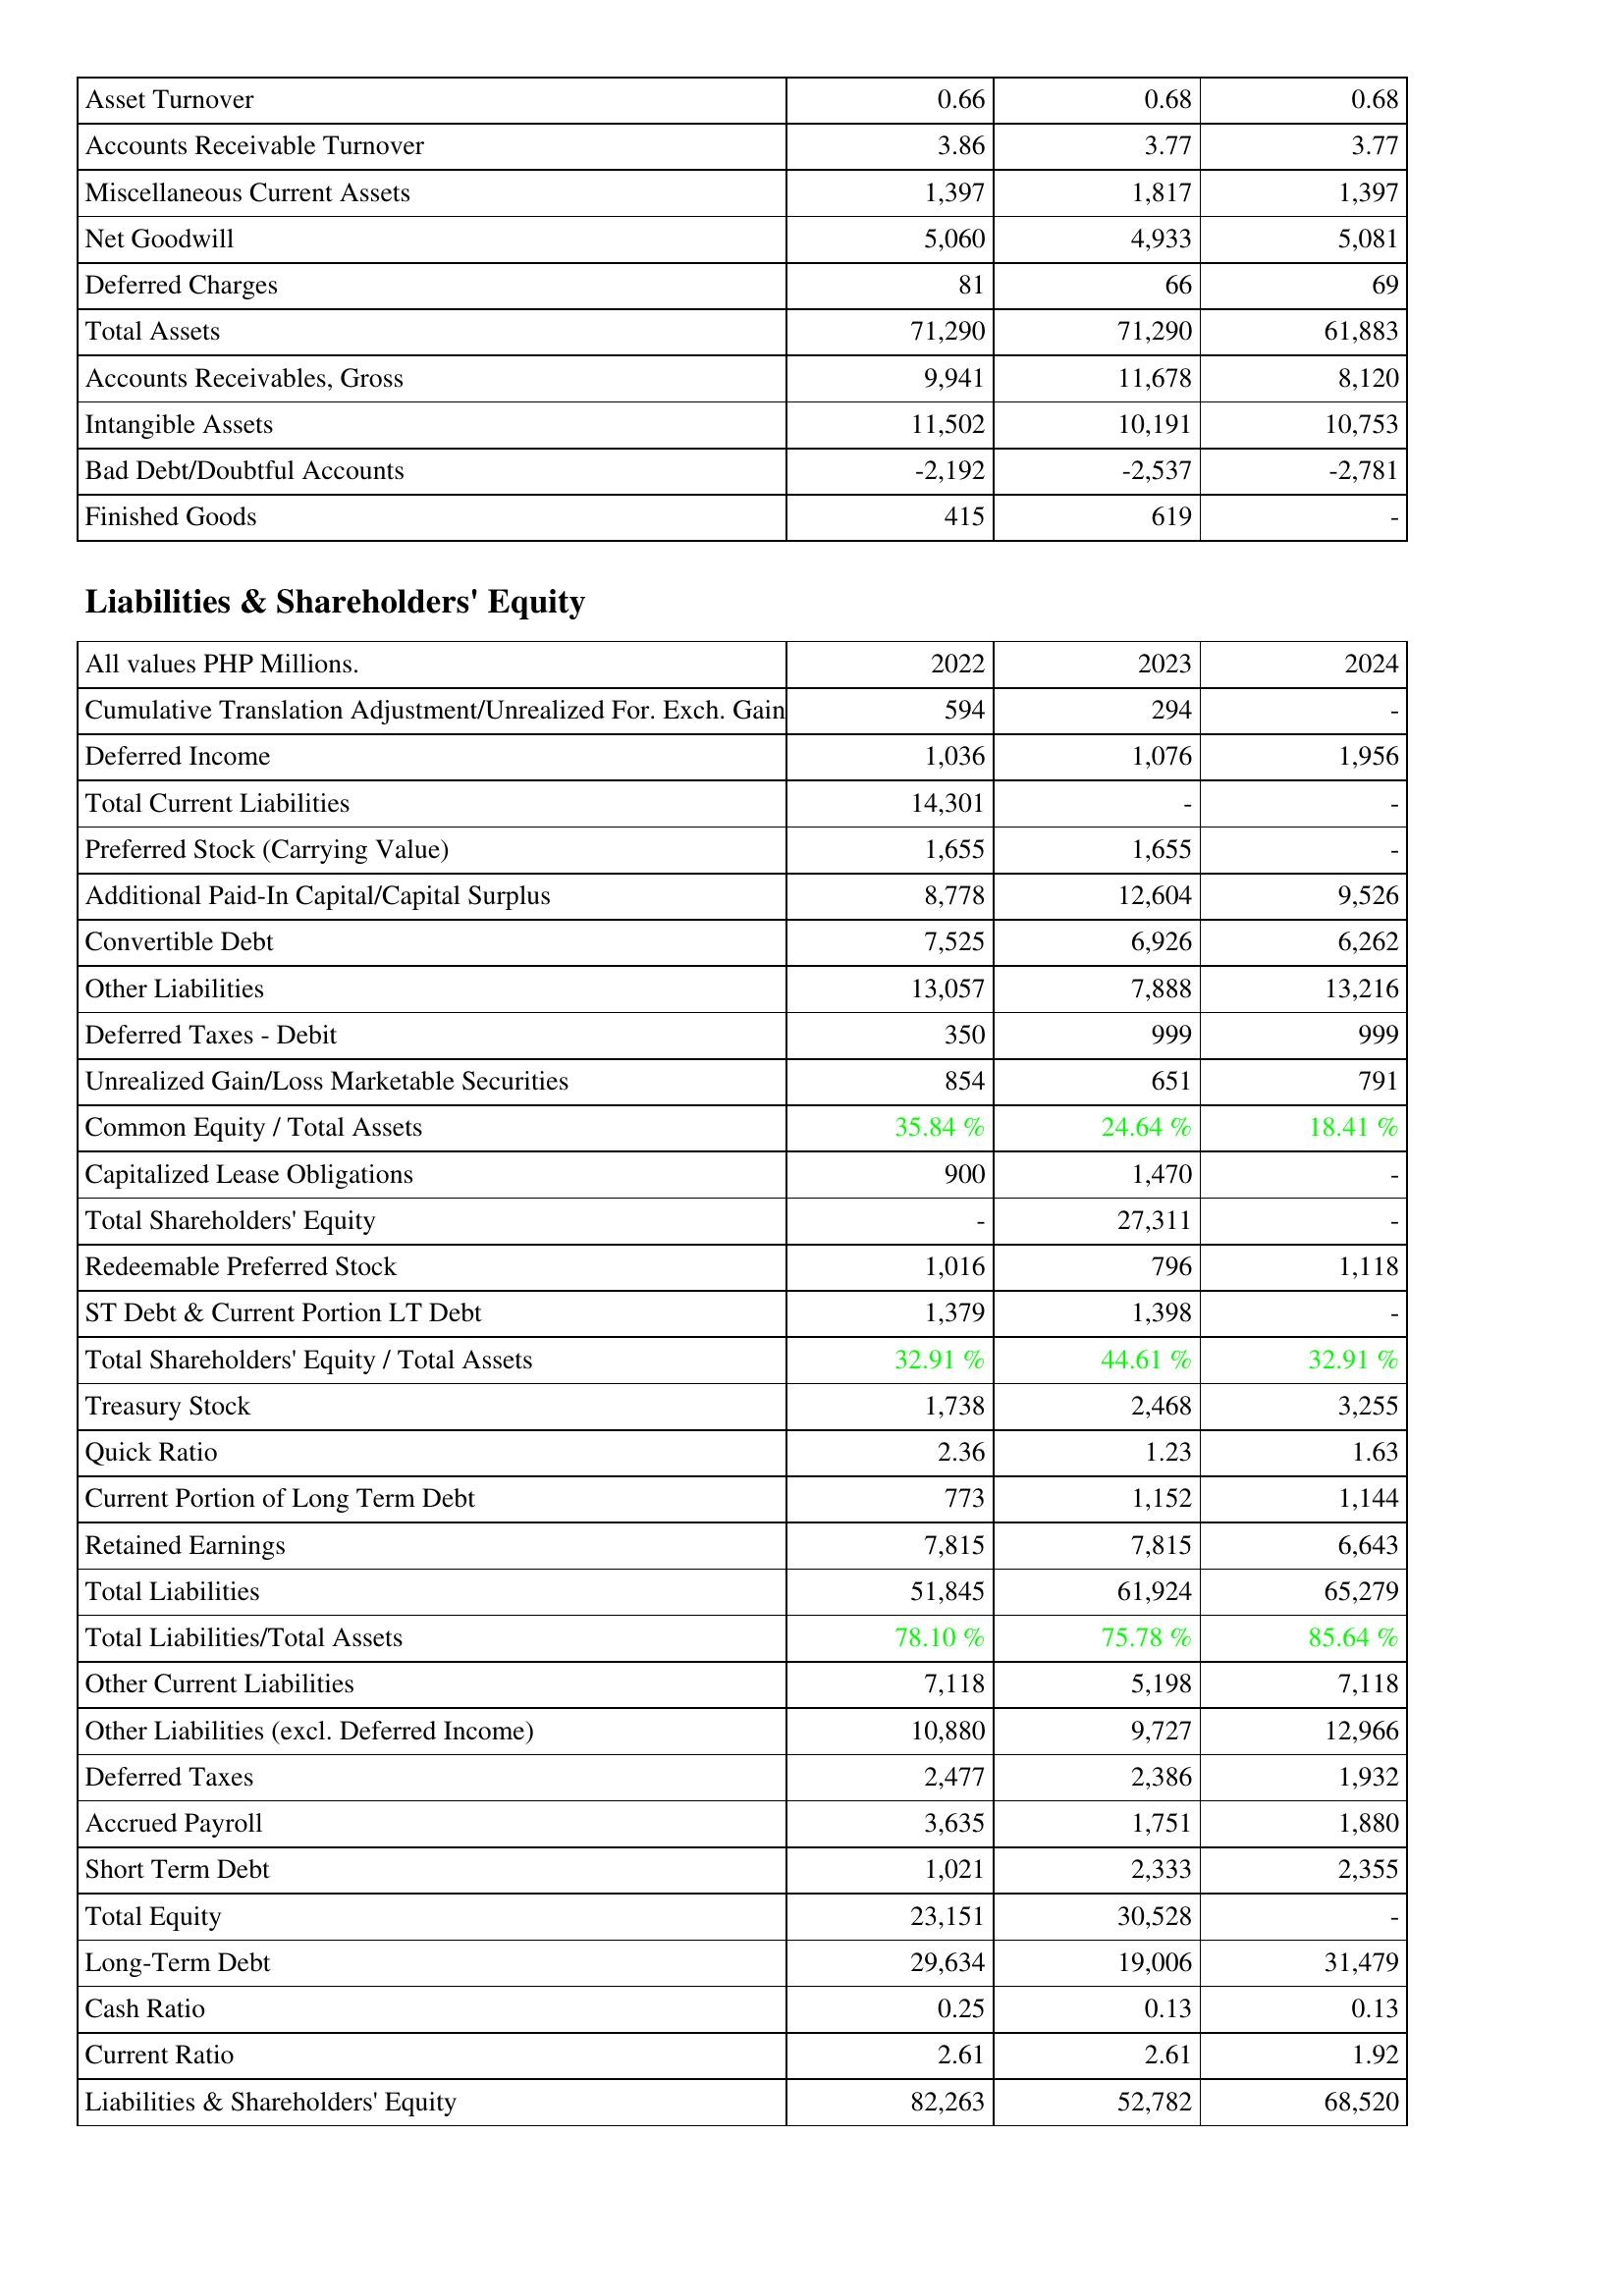
2022: Assets: Asset Turnover: 0.66
Accounts Receivable Turnover: 3.86
Miscellaneous Current Assets: 1,397
Net Goodwill: 5,060
Deferred Charges: 81
Total Assets: 71,290
Accounts Receivables, Gross: 9,941
Intangible Assets: 11,502
Bad Debt/Doubtful Accounts: -2,192
Finished Goods: 415
Liabilities & Shareholders' Equity: Cumulative Translation Adjustment/Unrealized For. Exch. Gain: 594
Deferred Income: 1,036
Total Current Liabilities: 14,301
Preferred Stock (Carrying Value): 1,655
Additional Paid-In Capital/Capital Surplus: 8,778
Convertible Debt: 7,525
Other Liabilities: 13,057
Deferred Taxes - Debit: 350
Unrealized Gain/Loss Marketable Securities: 854
Common Equity / Total Assets: 35.84 %
Capitalized Lease Obligations: 900
Total Shareholders' Equity: -
Redeemable Preferred Stock: 1,016
ST Debt & Current Portion LT Debt: 1,379
Total Shareholders' Equity / Total Assets: 32.91 %
Treasury Stock: 1,738
Quick Ratio: 2.36
Current Portion of Long Term Debt: 773
Retained Earnings: 7,815
Total Liabilities: 51,845
Total Liabilities/Total Assets: 78.10 %
Other Current Liabilities: 7,118
Other Liabilities (excl. Deferred Income): 10,880
Deferred Taxes: 2,477
Accrued Payroll: 3,635
Short Term Debt: 1,021
Total Equity: 23,151
Long-Term Debt: 29,634
Cash Ratio: 0.25
Current Ratio: 2.61
Liabilities & Shareholders' Equity: 82,263
2023: Assets: Asset Turnover: 0.68
Accounts Receivable Turnover: 3.77
Miscellaneous Current Assets: 1,817
Net Goodwill: 4,933
Deferred Charges: 66
Total Assets: 71,290
Accounts Receivables, Gross: 11,678
Intangible Assets: 10,191
Bad Debt/Doubtful Accounts: -2,537
Finished Goods: 619
Liabilities & Shareholders' Equity: Cumulative Translation Adjustment/Unrealized For. Exch. Gain: 294
Deferred Income: 1,076
Total Current Liabilities: -
Preferred Stock (Carrying Value): 1,655
Additional Paid-In Capital/Capital Surplus: 12,604
Convertible Debt: 6,926
Other Liabilities: 7,888
Deferred Taxes - Debit: 999
Unrealized Gain/Loss Marketable Securities: 651
Common Equity / Total Assets: 24.64 %
Capitalized Lease Obligations: 1,470
Total Shareholders' Equity: 27,311
Redeemable Preferred Stock: 796
ST Debt & Current Portion LT Debt: 1,398
Total Shareholders' Equity / Total Assets: 44.61 %
Treasury Stock: 2,468
Quick Ratio: 1.23
Current Portion of Long Term Debt: 1,152
Retained Earnings: 7,815
Total Liabilities: 61,924
Total Liabilities/Total Assets: 75.78 %
Other Current Liabilities: 5,198
Other Liabilities (excl. Deferred Income): 9,727
Deferred Taxes: 2,386
Accrued Payroll: 1,751
Short Term Debt: 2,333
Total Equity: 30,528
Long-Term Debt: 19,006
Cash Ratio: 0.13
Current Ratio: 2.61
Liabilities & Shareholders' Equity: 52,782
2024: Assets: Asset Turnover: 0.68
Accounts Receivable Turnover: 3.77
Miscellaneous Current Assets: 1,397
Net Goodwill: 5,081
Deferred Charges: 69
Total Assets: 61,883
Accounts Receivables, Gross: 8,120
Intangible Assets: 10,753
Bad Debt/Doubtful Accounts: -2,781
Finished Goods: -
Liabilities & Shareholders' Equity: Cumulative Translation Adjustment/Unrealized For. Exch. Gain: -
Deferred Income: 1,956
Total Current Liabilities: -
Preferred Stock (Carrying Value): -
Additional Paid-In Capital/Capital Surplus: 9,526
Convertible Debt: 6,262
Other Liabilities: 13,216
Deferred Taxes - Debit: 999
Unrealized Gain/Loss Marketable Securities: 791
Common Equity / Total Assets: 18.41 %
Capitalized Lease Obligations: -
Total Shareholders' Equity: -
Redeemable Preferred Stock: 1,118
ST Debt & Current Portion LT Debt: -
Total Shareholders' Equity / Total Assets: 32.91 %
Treasury Stock: 3,255
Quick Ratio: 1.63
Current Portion of Long Term Debt: 1,144
Retained Earnings: 6,643
Total Liabilities: 65,279
Total Liabilities/Total Assets: 85.64 %
Other Current Liabilities: 7,118
Other Liabilities (excl. Deferred Income): 12,966
Deferred Taxes: 1,932
Accrued Payroll: 1,880
Short Term Debt: 2,355
Total Equity: -
Long-Term Debt: 31,479
Cash Ratio: 0.13
Current Ratio: 1.92
Liabilities & Shareholders' Equity: 68,520